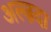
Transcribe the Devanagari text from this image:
अल्ज़दा